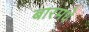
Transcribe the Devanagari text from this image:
बारमधे